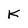
Character: K